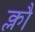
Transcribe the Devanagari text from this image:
क्लौ